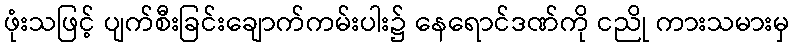
ဖုံးသဖြင့် ပျက်စီးခြင်းချောက်ကမ်းပါး၌ နေရောင်ဒဏ်ကို ငညို ကားသမားမှ